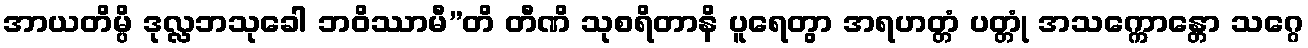
အာယတိမ္ပိ ဒုလ္လဘသုခေါ ဘဝိဿာမီ”တိ တီဏိ သုစရိတာနိ ပူရေတွာ အရဟတ္တံ ပတ္တုံ အသက္ကောန္တော သဂ္ဂေ